Karu_vallavalitsus_Parnumaal, lk 59
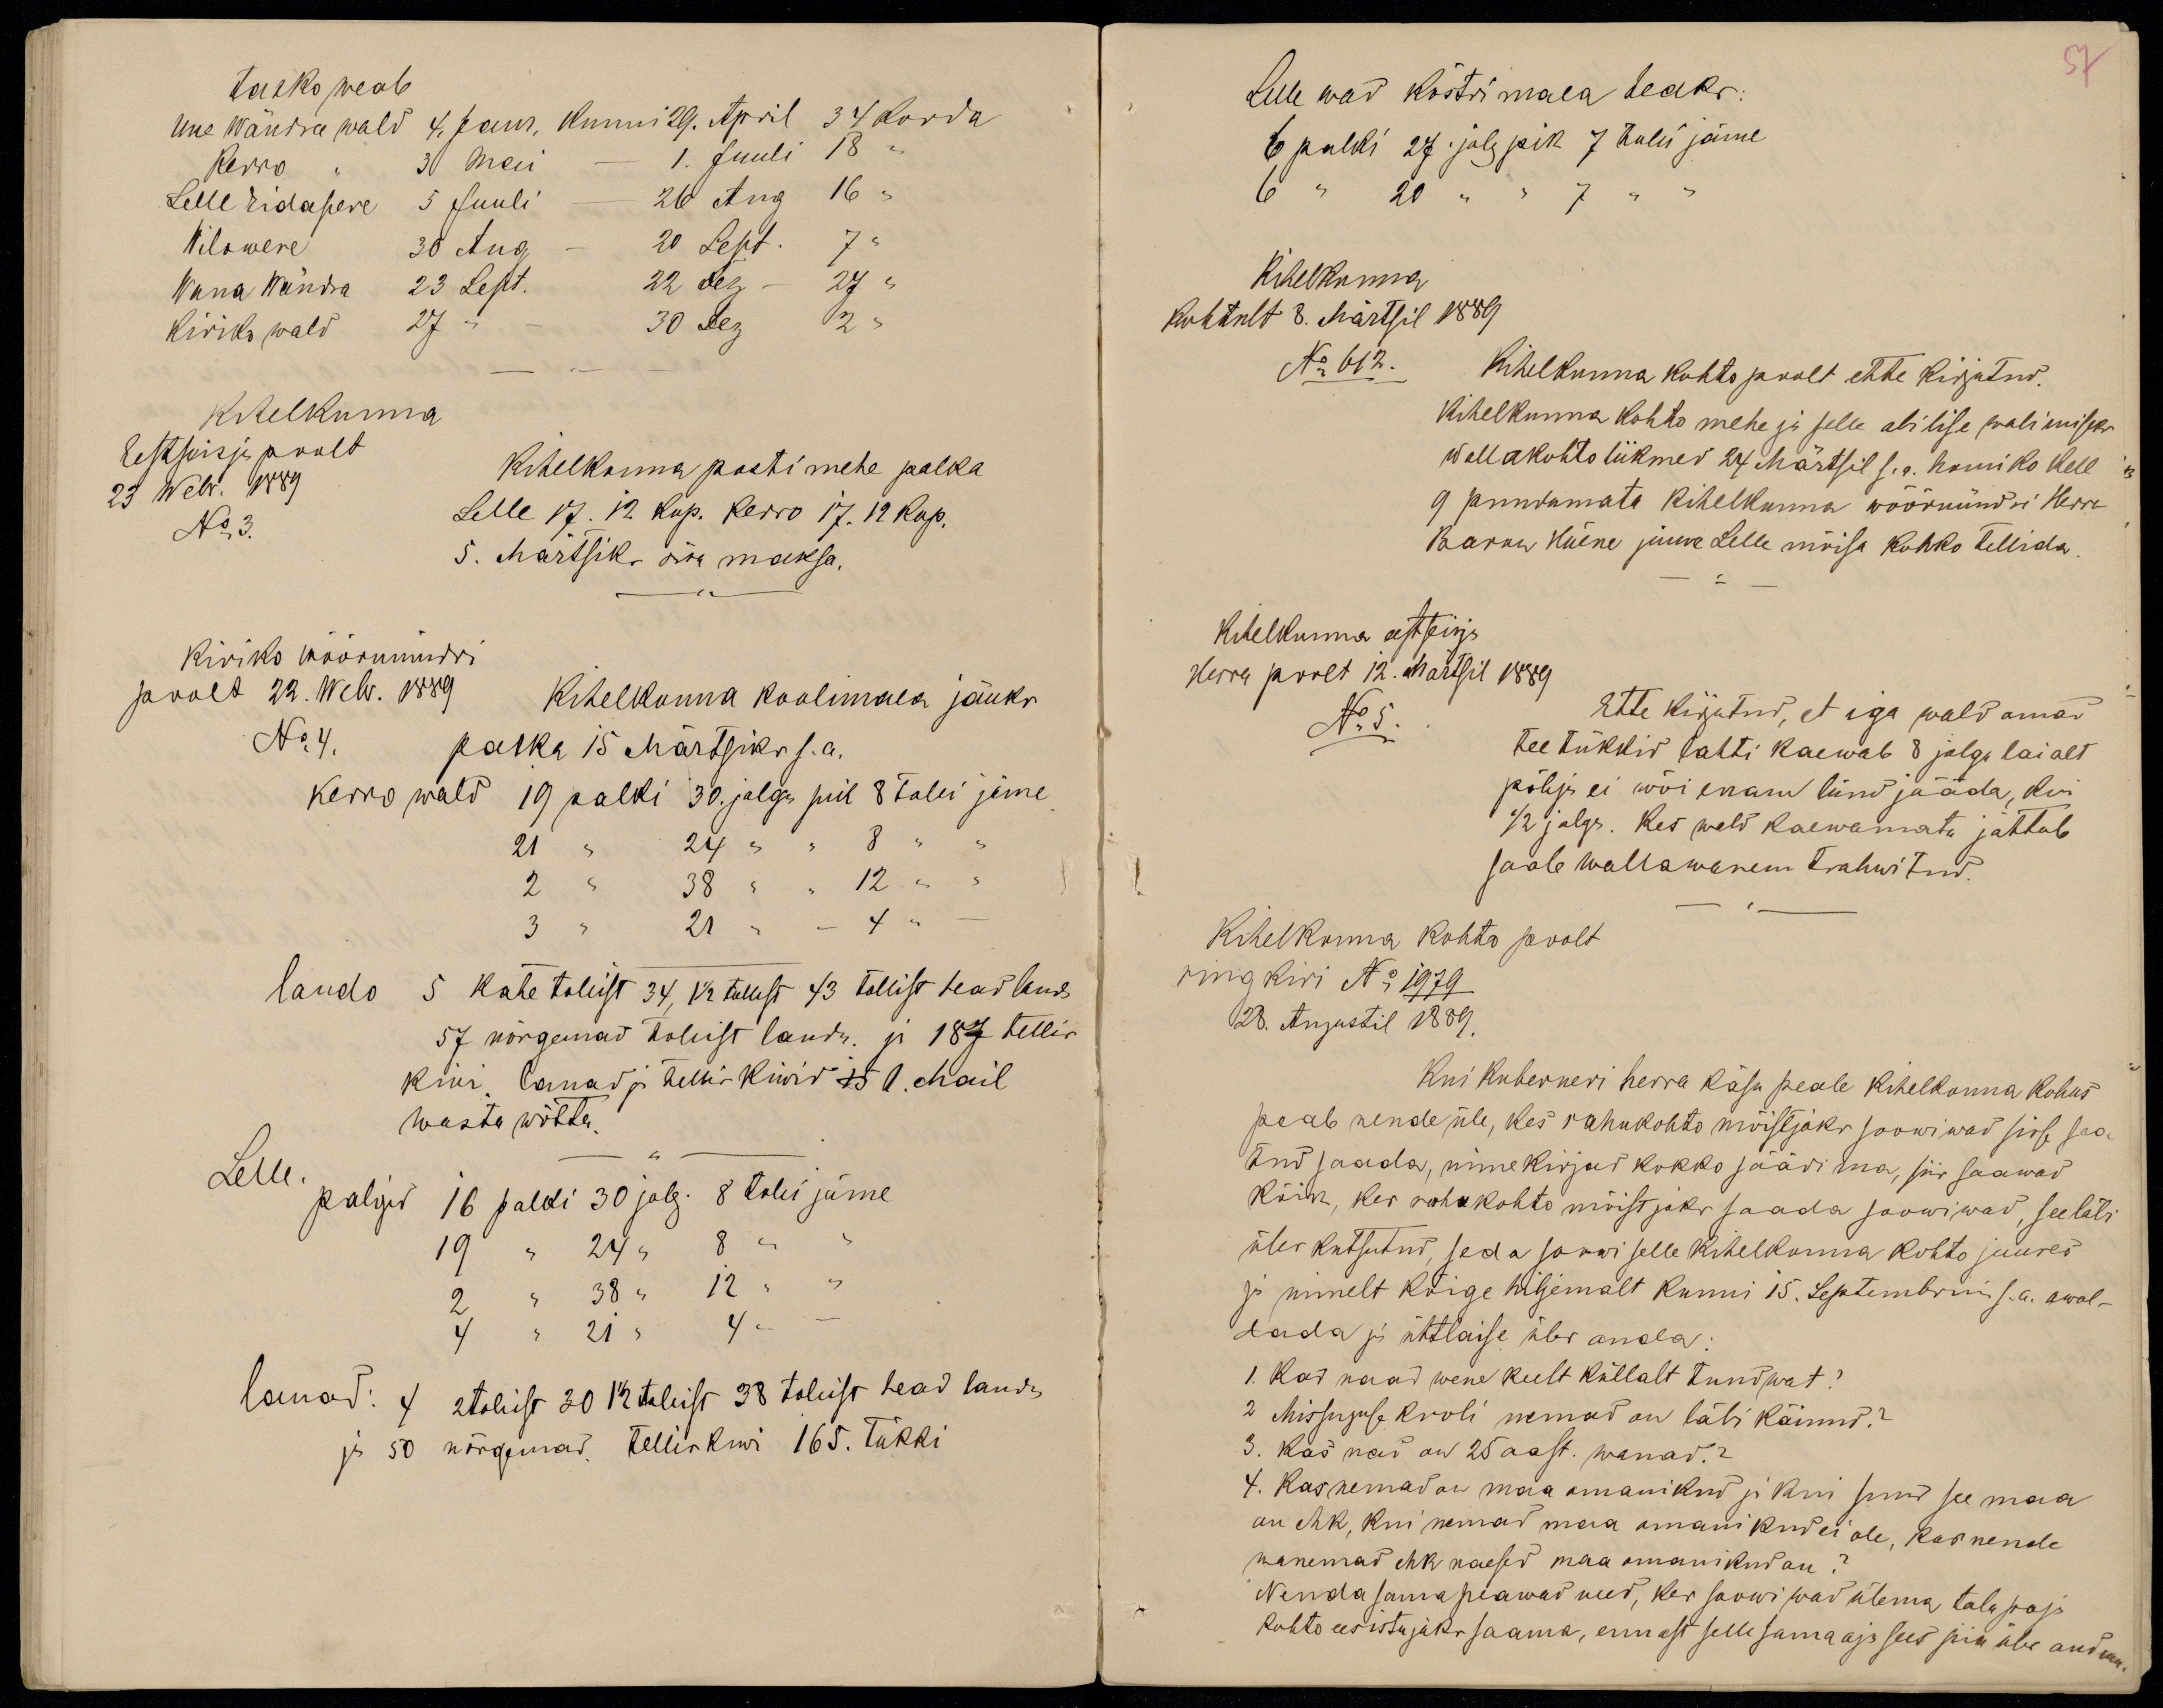
tasko weab
Uue Wändra wald 4. Jaan. kunni 29. April 34 korda
Kerro " 3 Mai - 1. Juuli 18 "
Lelle Eidapere 5 Juuli - 26 Aug 16 "
Wilowere 30 Aug - 20 Sept. 7 "
Wana Wändra 23 Sept. 22 Dez - 27 "
kiriko wald 27 " - 30 Dez 2 "
Kihelkonna
Eestseisja poolt
23 Webr. 1889
No 3.
Kihelkonna postimehe palka
Lelle 17.12. kop. Kerro 17.12 kop.
5. Märtsiks ära maksa.
Kiriko wöörmündri
poolt 22. Webr. 1889
No 4.
Kihelkonna koolimaea jäuks
palka 15 Märtsiks s.a.
Kerro wald 19 palki 30. jalga pik 8 tolli jäme
21 " 24 " " 8 " "
2 " 38 " " 12 " "
3 " 21 " " 4 " -
laudo 5 kahe tollist 34, 1 1/2 tollist 43 tollist head lauda
57 nõrgemad tollist lauda. ja 187 tellis
kiwi. lauad ja telliskiwid 15 1. Mail
wasta wõtta.
Lelle.
palgid 16 palki 30 jalg. 8 tolli jäme
19 " 24 " 8 " "
2 " 38 " 12 " "
4 " 21 " 4 " -
lauad: 4 2tollist 30 1 1/2 tollist 38 tollist head lauda
ja 50 nõrgemad. telliskiwi 165. tükki

57
Lelle wad köstri maea heaks:
6 palki 27. jalg pik 7 tolli jäme
6 " 20 " " 7 " "
Kihelkonna
kohtult 3. Märtsil 1889
No 612.
Kihelkonna kohto poolt ette kirjutud.
Kihelkonna kohto mehe ja selle abilise walimiseks
wallakohto liikmed 24 Märtsil s.a. homiko kell
9 puudumata kihelkonna wöörmündri Herra
Baron Hüene juure Lelle mõisa kokko tellida.
Kihelkonna eestseisja
Herra poolt 12. Märtsil 1889
No 5.
Ette kirjutud, et iga wald omad
tee tükkid lahti kaewab 8 jalga laialt
põhja ei wõi enam lund jääda, kui
1/2 jalga. Kes wald kaewamata jättab
saab wallawanem trahwitud.
Kihelkonna kohto poolt
ringkiri No 1979
28. Augustil 1889.
Kui Kuberneri herra käsu peale kihelkonna kohus
peab nende üle, kes rahukohto mõistjaks soowiwad sisse sea
tud saada, nimekirjad kokko säädima, siis saawad
kõik, kes rahukohto mõistjaks saada soowiwad, seeläbi
üles kutsutud, seda soowi selle Kihelkonna kohto juures
ja nimelt kõige hiljemalt kunni 15. Septembrini s.a. awal-
dada ja ühtlaise üles anda:
1. Kas naad wene keelt küllalt tundwat?
2 Missuguse kooli nemad on läbi käinud?
3. Kas nad on 25 aast. wanad?
4. Kas nemad on maa omanikud ja kui suur see maa
on ehk, kui nemad maa omanikud ei ole, kas nende
wanemad ehk naesed maa omanikud on?
Nenda sama peawad need, kes soowiwad ülema talupoja
kohto eesistujaks saama, ennast selle sama aja sees siin üles andma.